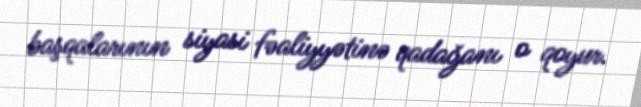
başqalarının siyasi fəaliyyətinə qadağanı o qoyur.